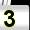
Digit: 3